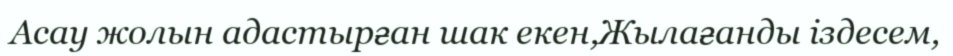
Асау жолын адастырған шак екен,Жылағанды іздесем,